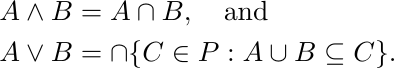
\begin{align*}
  A\wedge B &= A\cap B,\quad\text{and}\\
  A\vee B &=\cap\{C\in P:A\cup B\subseteq C\}.
\end{align*}